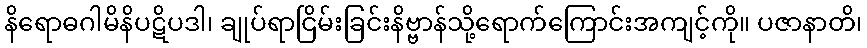
နိရောဓဂါမိနိပဋိပဒါ၊ ချုပ်ရာငြိမ်းခြင်းနိဗ္ဗာန်သို့ရောက်ကြောင်းအကျင့်ကို။ ပဇာနာတိ၊